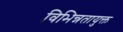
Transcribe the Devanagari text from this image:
विभिन्नतायुक्त